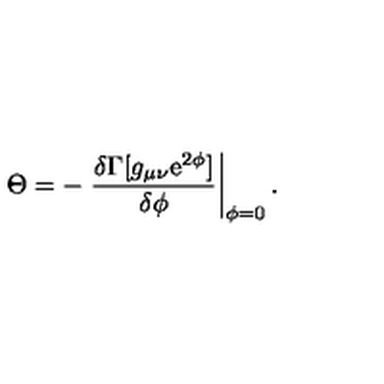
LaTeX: \Theta = - \left. \frac { \delta \Gamma [ g _ { \mu \nu } \mathrm { e } ^ { 2 \phi } ] } { \delta \phi } \right| _ { \phi = 0 } .